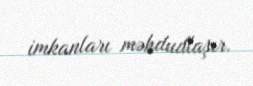
imkanları məhdudlaşır.